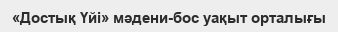
«Достық Үйі» мәдени-бос уақыт орталығы